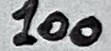
Text: 100